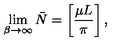
\lim _ { \beta \rightarrow \infty } \bar { N } = \left[ { \frac { \mu L } { \pi } } \right] ,